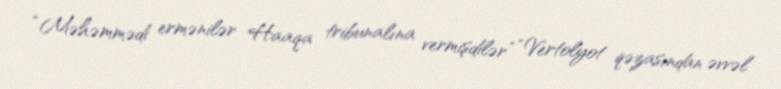
“Məhəmmədi ermənilər Haaqa tribunalına vermişdilər” “Vertolyot qəzasından əvvəl